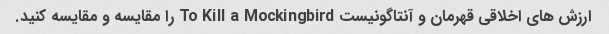
ارزش های اخلاقی قهرمان و آنتاگونیست To Kill a Mockingbird را مقایسه و مقایسه کنید.